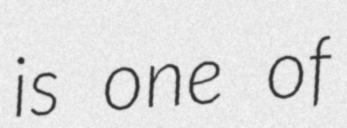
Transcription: is one of